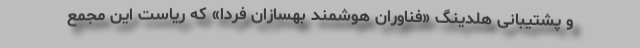
و پشتیبانی هلدینگ «فناوران هوشمند بهسازان فردا» که ریاست این مجمع